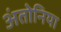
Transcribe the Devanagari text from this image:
अंतोनिया